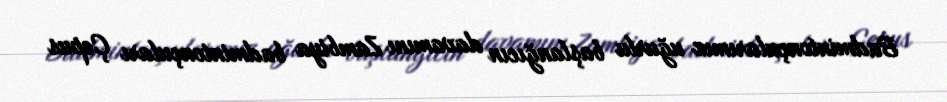
Badmintonçularımız uğurlu başlanğıcın davamını Zambiya badmintonçuları Çepus